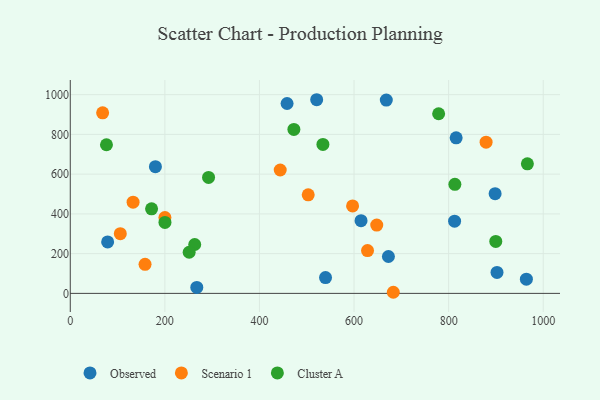
{"axis": {"x": "Distance", "y": "Profit"}, "legend": ["Cluster A", "Observed", "Scenario 1"], "data": [{"x": "672.7", "y": 185.6, "type": "Observed"}, {"x": "964.4", "y": 71.7, "type": "Observed"}, {"x": "539.7", "y": 79.8, "type": "Observed"}, {"x": "898.3", "y": 502.0, "type": "Observed"}, {"x": "521.0", "y": 974.5, "type": "Observed"}, {"x": "614.8", "y": 365.8, "type": "Observed"}, {"x": "902.3", "y": 105.3, "type": "Observed"}, {"x": "668.2", "y": 972.5, "type": "Observed"}, {"x": "79.0", "y": 258.9, "type": "Observed"}, {"x": "815.9", "y": 782.9, "type": "Observed"}, {"x": "267.5", "y": 30.2, "type": "Observed"}, {"x": "458.4", "y": 955.5, "type": "Observed"}, {"x": "180.0", "y": 637.6, "type": "Observed"}, {"x": "812.6", "y": 363.2, "type": "Observed"}, {"x": "596.9", "y": 440.0, "type": "Scenario 1"}, {"x": "443.9", "y": 620.9, "type": "Scenario 1"}, {"x": "158.1", "y": 146.3, "type": "Scenario 1"}, {"x": "879.2", "y": 760.8, "type": "Scenario 1"}, {"x": "68.4", "y": 908.4, "type": "Scenario 1"}, {"x": "628.5", "y": 215.5, "type": "Scenario 1"}, {"x": "132.8", "y": 459.1, "type": "Scenario 1"}, {"x": "503.1", "y": 496.0, "type": "Scenario 1"}, {"x": "200.1", "y": 381.6, "type": "Scenario 1"}, {"x": "105.8", "y": 300.6, "type": "Scenario 1"}, {"x": "648.0", "y": 343.8, "type": "Scenario 1"}, {"x": "683.0", "y": 5.6, "type": "Scenario 1"}, {"x": "813.2", "y": 548.8, "type": "Cluster A"}, {"x": "292.4", "y": 583.4, "type": "Cluster A"}, {"x": "778.9", "y": 903.9, "type": "Cluster A"}, {"x": "171.9", "y": 425.4, "type": "Cluster A"}, {"x": "200.2", "y": 357.3, "type": "Cluster A"}, {"x": "534.2", "y": 749.4, "type": "Cluster A"}, {"x": "76.5", "y": 747.9, "type": "Cluster A"}, {"x": "263.1", "y": 245.9, "type": "Cluster A"}, {"x": "899.7", "y": 261.6, "type": "Cluster A"}, {"x": "472.8", "y": 825.1, "type": "Cluster A"}, {"x": "251.4", "y": 207.0, "type": "Cluster A"}, {"x": "966.5", "y": 652.0, "type": "Cluster A"}]}